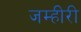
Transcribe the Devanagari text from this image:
जम्हीरी